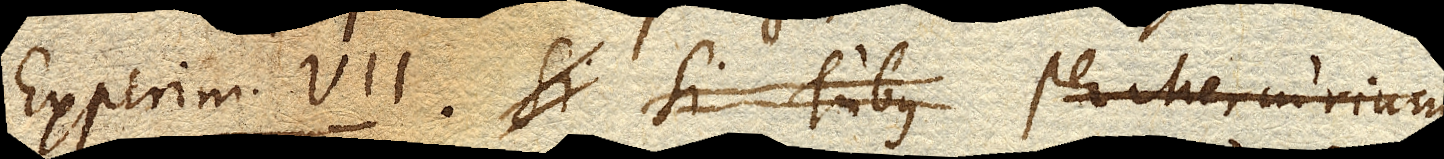
Experim. VII. Si Si Tubus Per Mercurium